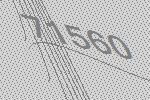
71560